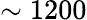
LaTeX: \sim 1200